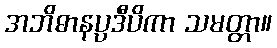
အဘိဓာနပ္ပဒီပိကာ သမတ္တာ။